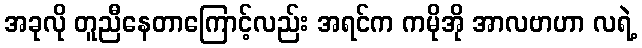
အခုလို တူညီနေတာကြောင့်လည်း အရင်က ကမိုအို အာလဗာဟာ လရဲ့